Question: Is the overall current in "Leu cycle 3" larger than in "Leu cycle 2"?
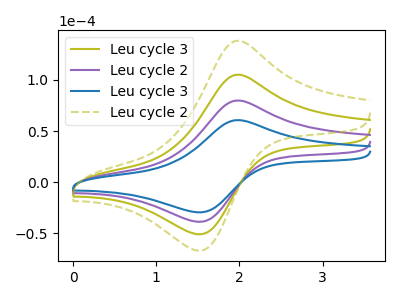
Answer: <think>The olive curve "Leu cycle 3" has an anodic peak at (1.95V, 159.85uA) and a cathodic peak at (1.55V, -77.00uA). The purple curve "Leu cycle 2" has an anodic peak at (1.95V, 79.95uA) and a cathodic peak at (1.55V, -38.50uA). The blue curve "Leu cycle 3" has an anodic peak at (1.95V, 60.75uA) and a cathodic peak at (1.55V, -29.25uA). The olive dashed curve "Leu cycle 2" has an anodic peak at (1.95V, 239.80uA) and a cathodic peak at (1.55V, -115.50uA).
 All the peaks in "Leu cycle 3" have a peak in "Leu cycle 2" at the same potential. Every peak in "Leu cycle 3" is lower than every peak in "Leu cycle 2".</think>
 <answer>"Leu cycle 3" has less signal than "Leu cycle 2".</answer>
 <eval>less_signal</eval>